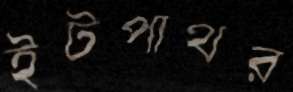
ইটপাথর